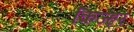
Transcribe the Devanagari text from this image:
किज्हर